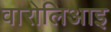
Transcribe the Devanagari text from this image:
वारोलिआइ